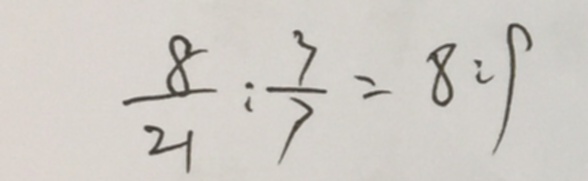
\frac { 8 } { 2 1 } : \frac { 3 } { 7 } = 8 : 9